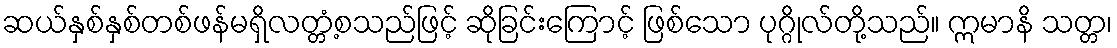
ဆယ်နှစ်နှစ်တစ်ဖန်မရှိလတ္တံ့စသည်ဖြင့် ဆိုခြင်းကြောင့် ဖြစ်သော ပုဂ္ဂိုလ်တို့သည်။ ဣမာနိ သတ္တ၊